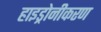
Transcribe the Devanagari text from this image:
हाइड्रोनीकरण